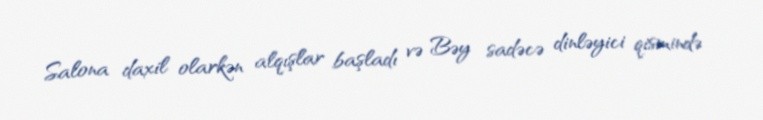
Salona daxil olarkən alqışlar başladı və Bəy sadəcə dinləyici qismində